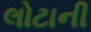
લોટાની